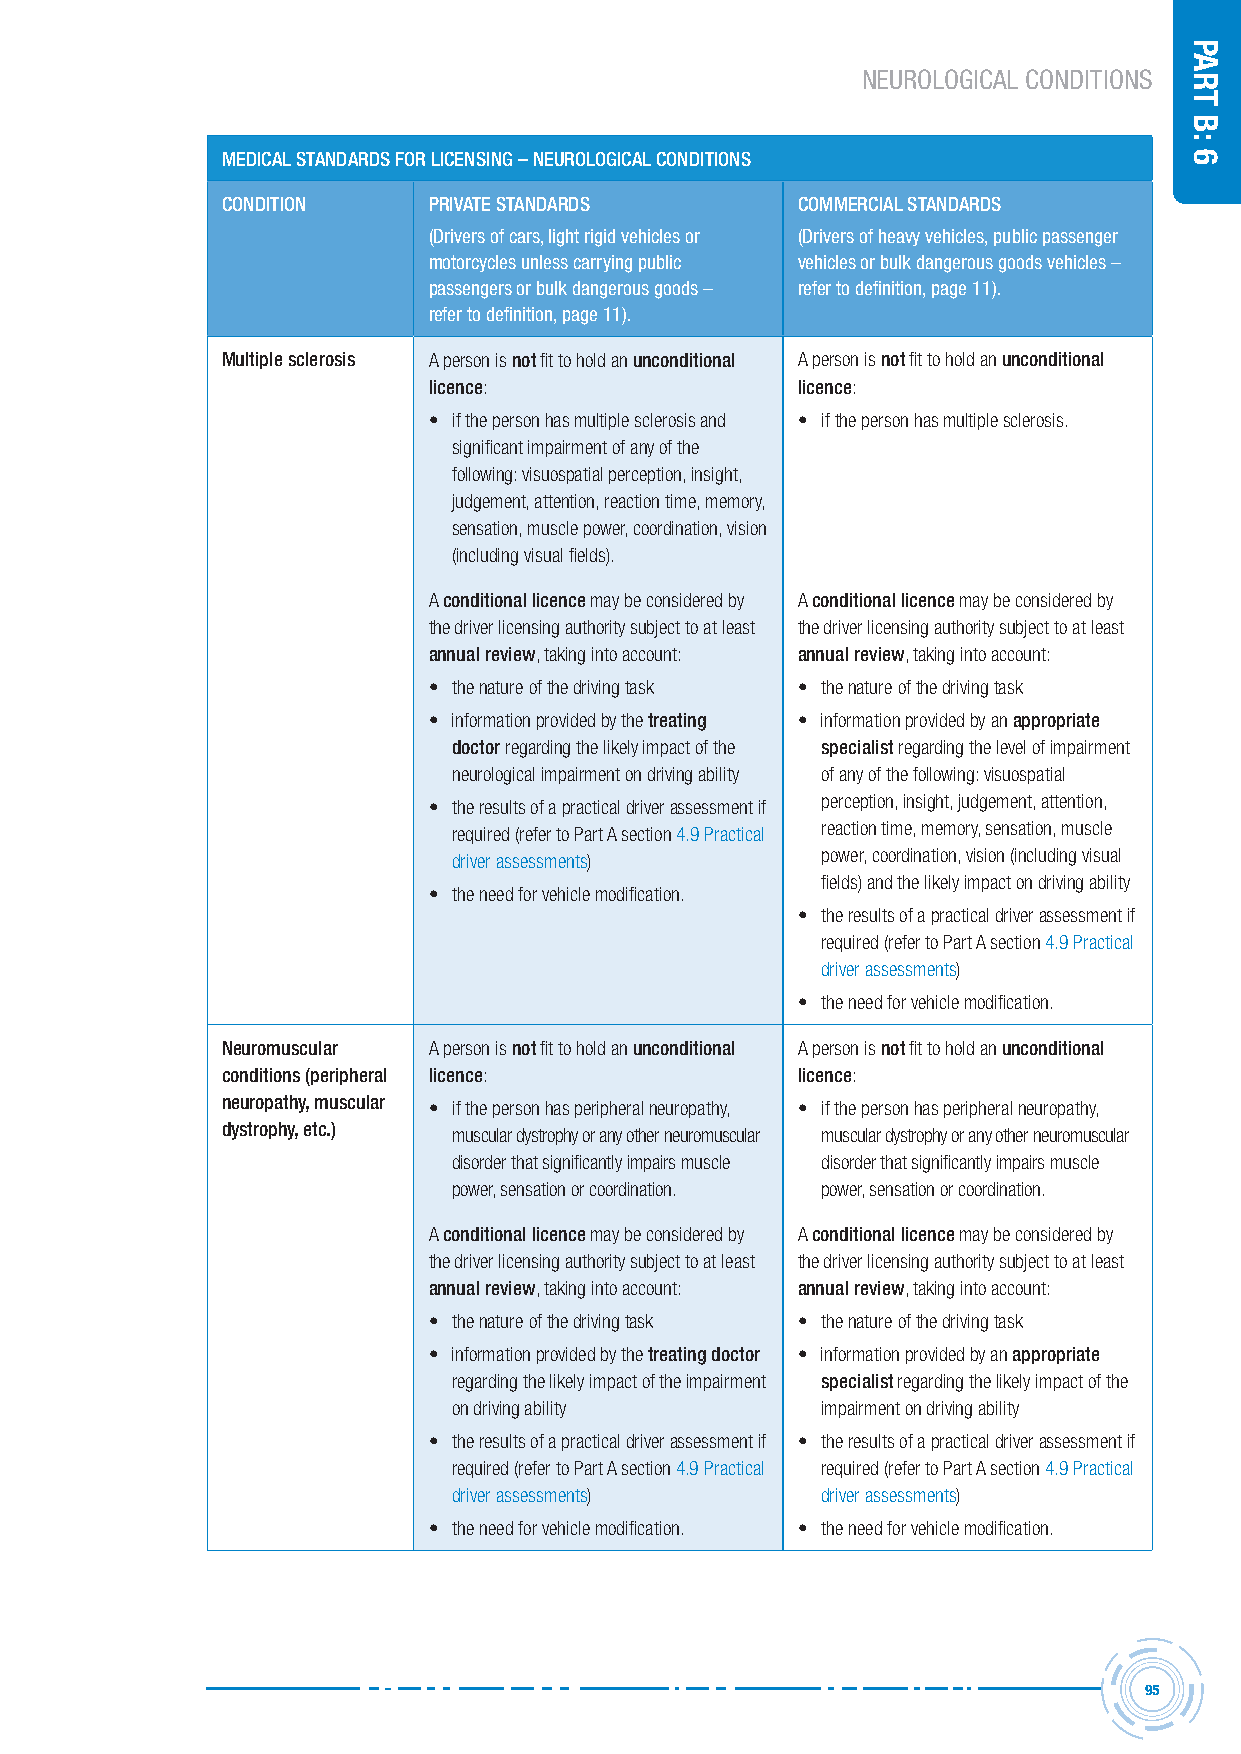
NEUROLOGICAL CONDITIONS
 MeDicAL stAnDArDs For Licensing – neUroLogicAL conDitions
 conDition    PrivAte stAnDArDs        coMMerciAL stAnDArDs
 (Drivers of cars, light rigid vehicles or (Drivers of heavy vehicles, public passenger
 motorcycles unless carrying public vehicles or bulk dangerous goods vehicles –
 passengers or bulk dangerous goods – refer to definition, page 11).
 refer to definition, page 11).
 Multiple sclerosis A person is not fit to hold an unconditional A person is not fit to hold an unconditional
 licence:                 licence:
 • if the person has multiple sclerosis and • if the person has multiple sclerosis.
 significant impairment of any of the
 following: visuospatial perception, insight,
 judgement, attention, reaction time, memory,
 sensation, muscle power, coordination, vision
 (including visual fields).
 A conditional licence may be considered by A conditional licence may be considered by
 the driver licensing authority subject to at least the driver licensing authority subject to at least
 annual review, taking into account: annual review, taking into account:
 • the nature of the driving task • the nature of the driving task
 • information provided by the treating • information provided by an appropriate
 doctor regarding the likely impact of the specialist regarding the level of impairment
 neurological impairment on driving ability of any of the following: visuospatial
 • the results of a practical driver assessment if perception, insight, judgement, attention,
 required (refer to Part A section 4.9 Practical reaction time, memory, sensation, muscle
 driver assessments)     power, coordination, vision (including visual
 fields) and the likely impact on driving ability
 • the need for vehicle modification.
 • the results of a practical driver assessment if
 required (refer to Part A section 4.9 Practical
 driver assessments)
 • the need for vehicle modification.
 neuromuscular A person is not fit to hold an unconditional A person is not fit to hold an unconditional
 conditions (peripheral licence:       licence:
 neuropathy, muscular • if the person has peripheral neuropathy, • if the person has peripheral neuropathy,
 dystrophy, etc.) muscular dystrophy or any other neuromuscular muscular dystrophy or any other neuromuscular
 disorder that significantly impairs muscle disorder that significantly impairs muscle
 power, sensation or coordination. power, sensation or coordination.
 A conditional licence may be considered by A conditional licence may be considered by
 the driver licensing authority subject to at least the driver licensing authority subject to at least
 annual review, taking into account: annual review, taking into account:
 • the nature of the driving task • the nature of the driving task
 • information provided by the treating doctor • information provided by an appropriate
 regarding the likely impact of the impairment specialist regarding the likely impact of the
 on driving ability      impairment on driving ability
 • the results of a practical driver assessment if • the results of a practical driver assessment if
 required (refer to Part A section 4.9 Practical required (refer to Part A section 4.9 Practical
 driver assessments)     driver assessments)
 • the need for vehicle modification. • the need for vehicle modification.
 95
 Part
 B:
 6